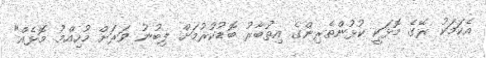
އެކަމަކު ރޭގެ މޮޅަކީ ކުޅުންތެރިންގެ އިތުބާރު ބޮޑުކުރުމަށް ލިބުނު ވަރަށް މުހިއްމު މޮޅެއް"